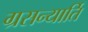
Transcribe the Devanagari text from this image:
ग्रसन्यार्ति